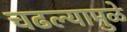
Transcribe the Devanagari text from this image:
चढल्यामुळे